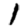
Digit: 1